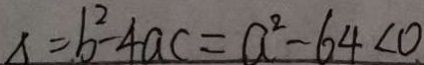
\Delta = b ^ { 2 } - 4 a c = a ^ { 2 } - 6 4 < 0 .